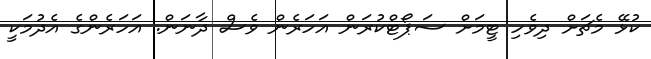
ކުޅޭ މެޗަށް ދިވެހި ޓީމަށް ސަޕޯޓްކުރަން އަހަރެން ވެސް ދާނަން. އަހަރެންގެ އެދުމަކީ